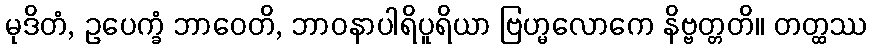
မုဒိတံ, ဥပေက္ခံ ဘာဝေတိ, ဘာဝနာပါရိပူရိယာ ဗြဟ္မလောကေ နိဗ္ဗတ္တတိ။ တတ္ထဿ